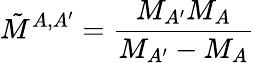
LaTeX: \tilde{M}^{A,A^{\prime}}=\frac{M_{A^{\prime}}M_{A}}{M_{A^{\prime}}-M_{A}}